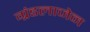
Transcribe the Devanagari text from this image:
ग्रंडलाजेन